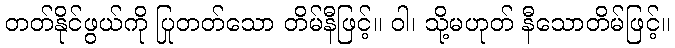
တတ်နိုင်ဖွယ်ကို ပြုတတ်သော တိမ်နီဖြင့်။ ဝါ၊ သို့မဟုတ် နီသောတိမ်ဖြင့်။